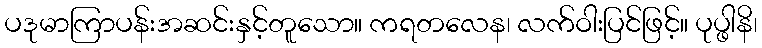
ပဒုမာကြာပန်းအဆင်းနှင့်တူသော။ ကရတလေန၊ လက်ဝါးပြင်ဖြင့်။ ပုပ္ဖါနိ၊